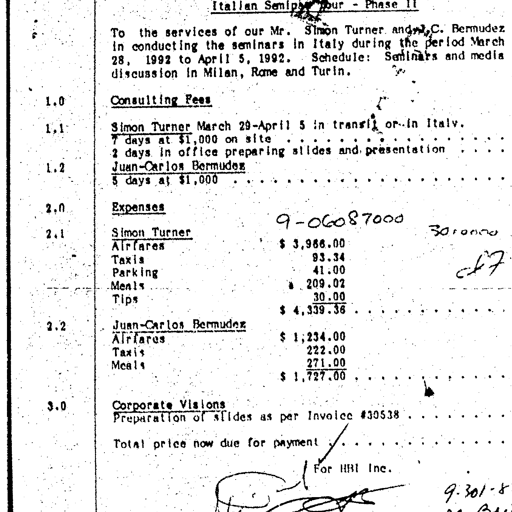
Italian Seminars - Phase II
To the services of our Mr. Simon Turner and C. Bermudez
in conducting the seminars in Italy during the period March
28, 1992 to April 5, 1992. Schedule: Seminars and media
discussion in Milan, Rome and Turin.
1.0 Consulting Fees
1.1 Simon Turner March 29-April 5 in transit or in Italy
7 days at $1,000 on site . . . . . . . . . . . . . . . . . . . . . . . . . . . .
2 days in office preparing slides and presentation . . . . . . . . . . . . . .
1.2 Juan-Carlos Bermudez
5 days at $1,000 . . . . . . . . . . . . . . . . . . . . . . . . . . . . . . . .
2.0 Expenses
2.1 Simon Turner 9-06087000 3010000
Airfares $ 3,966.00
Taxis 93.34
Parking 41.00
Meals 209.02
Tips 30.00
$ 4,339.36 . . . . . . . . . . . . . . . . . . . . . . ck 7
2.2 Juan-Carlos Bermudez
Airfares $ 1,234.00
Taxis 222.00
Meals 271.00
$ 1,727.00 . . . . . . . . . . . . . . . . . . . . . .
3.0 Corporate Visions
Preparation of slides as per Invoice #30538 . . . . . . . . . . . . . . . . .
Total price now due for payment . . . . . . . . . . . . . . . . . . . . . . . .
For HBI Inc.
9-301-8